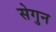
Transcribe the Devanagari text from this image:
सेगुन